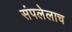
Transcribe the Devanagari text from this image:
संपलेलाच